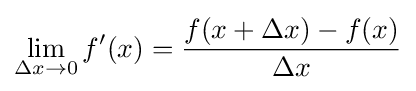
\lim _{\Delta x\to 0}f'(x)={\frac {f(x+\Delta x)-f(x)}{\Delta x}}